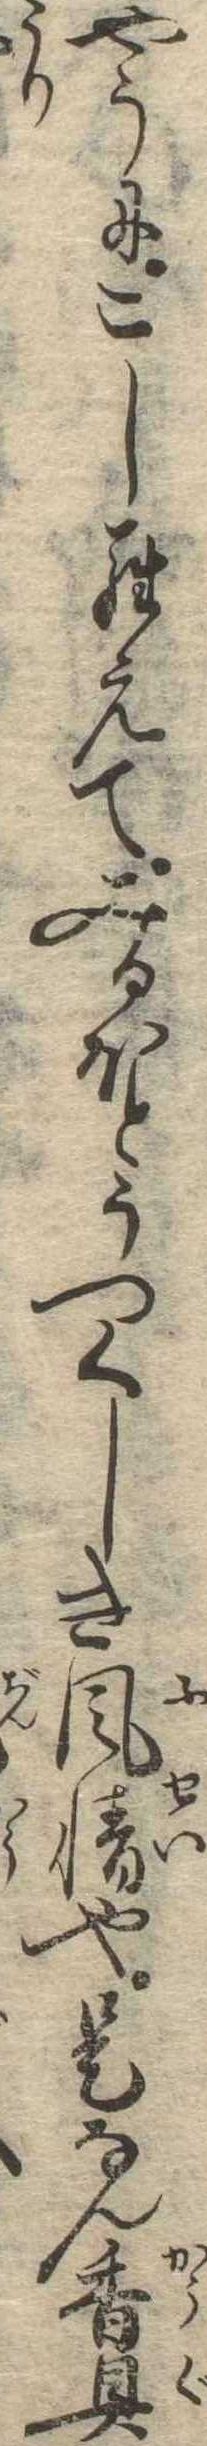
やうにこしらえてみるほとうつくしき風情也是なん香具